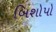
બિશોપો